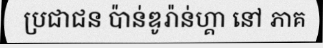
ប្រជាជន ប៉ាន់ឌូរ៉ាន់ហ្គា នៅ ភាគ